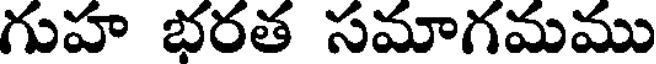
గుహ భరత సమాగమము